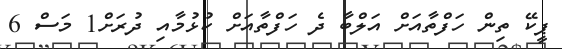
ޕީކޭ ތިން ހަފްތާއަށް އަލްބާ ދެ ހަފްތާއަށް ކުޅުމާއި ދުރަށް1 މަސް 6